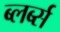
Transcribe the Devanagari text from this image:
ब्लर्ब्स